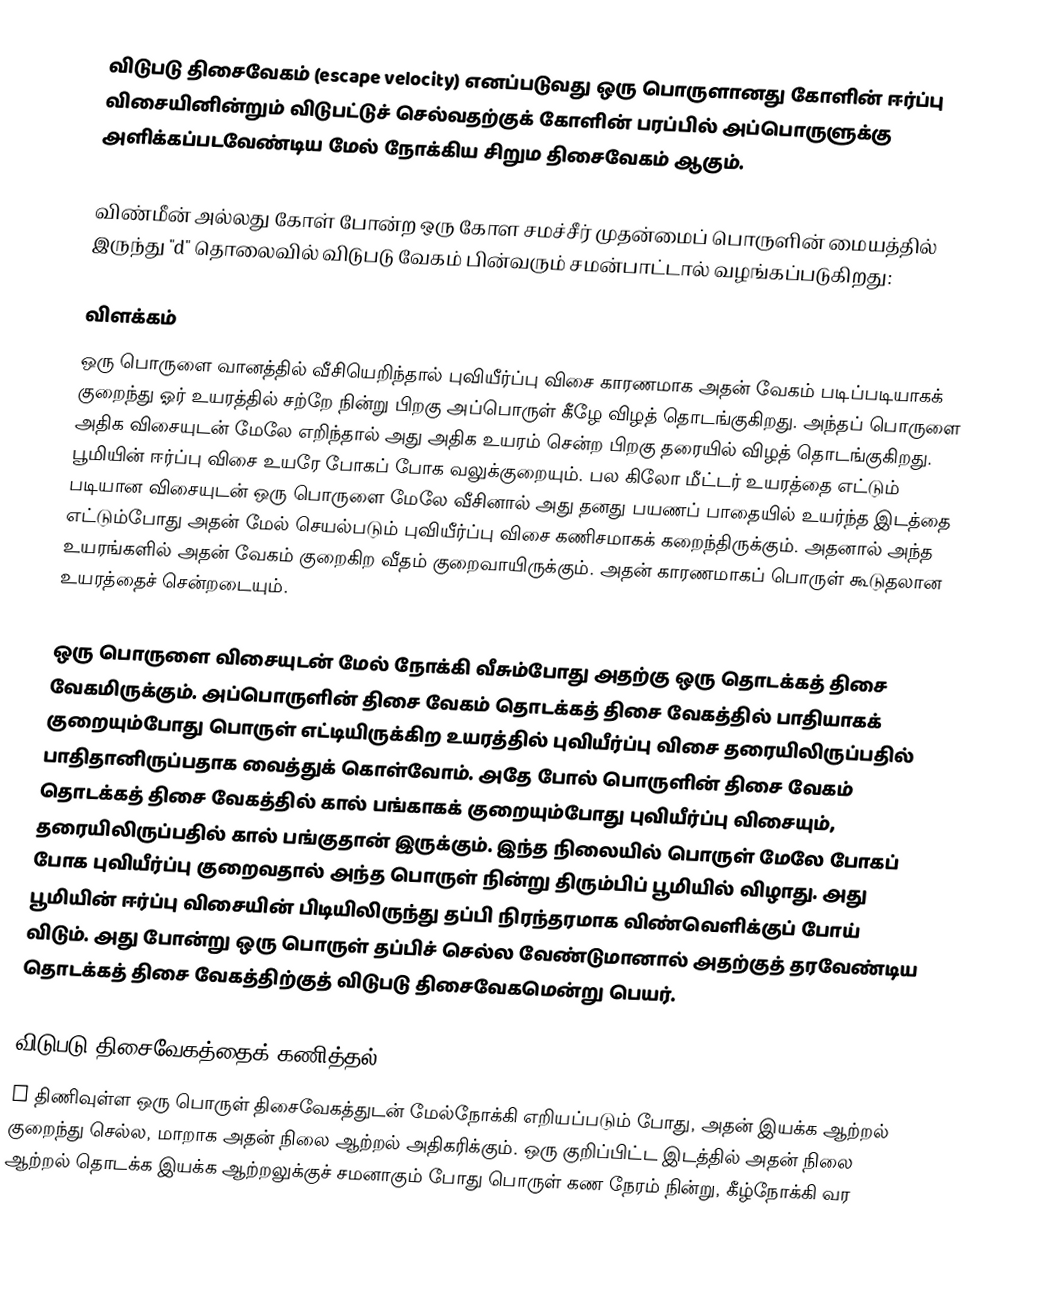
விடுபடு திசைவேகம் (escape velocity) எனப்படுவது ஒரு பொருளானது கோளின் ஈர்ப்பு விசையினின்றும் விடுபட்டுச் செல்வதற்குக் கோளின் பரப்பில் அப்பொருளுக்கு அளிக்கப்படவேண்டிய மேல் நோக்கிய சிறும திசைவேகம் ஆகும்.

விண்மீன் அல்லது கோள் போன்ற ஒரு கோள சமச்சீர் முதன்மைப் பொருளின் மையத்தில் இருந்து "d" தொலைவில் விடுபடு வேகம் பின்வரும் சமன்பாட்டால் வழங்கப்படுகிறது:

விளக்கம்
ஒரு பொருளை வானத்தில் வீசியெறிந்தால் புவியீர்ப்பு விசை காரணமாக அதன் வேகம் படிப்படியாகக் குறைந்து ஓர் உயரத்தில் சற்றே நின்று பிறகு அப்பொருள் கீழே விழத் தொடங்குகிறது. அந்தப் பொருளை அதிக விசையுடன் மேலே எறிந்தால் அது அதிக உயரம் சென்ற பிறகு தரையில் விழத் தொடங்குகிறது. பூமியின் ஈர்ப்பு விசை உயரே போகப் போக வலுக்குறையும். பல கிலோ மீட்டர் உயரத்தை எட்டும் படியான விசையுடன் ஒரு பொருளை மேலே வீசினால் அது தனது பயணப் பாதையில் உயர்ந்த இடத்தை எட்டும்போது அதன் மேல் செயல்படும் புவியீர்ப்பு விசை கணிசமாகக் கறைந்திருக்கும். அதனால் அந்த உயரங்களில் அதன் வேகம் குறைகிற வீதம் குறைவாயிருக்கும். அதன் காரணமாகப் பொருள் கூடுதலான உயரத்தைச் சென்றடையும்.

ஒரு பொருளை விசையுடன் மேல் நோக்கி வீசும்போது அதற்கு ஒரு தொடக்கத் திசை வேகமிருக்கும். அப்பொருளின் திசை வேகம் தொடக்கத் திசை வேகத்தில் பாதியாகக் குறையும்போது பொருள் எட்டியிருக்கிற உயரத்தில் புவியீர்ப்பு விசை தரையிலிருப்பதில் பாதிதானிருப்பதாக வைத்துக் கொள்வோம். அதே போல் பொருளின் திசை வேகம் தொடக்கத் திசை வேகத்தில் கால் பங்காகக் குறையும்போது புவியீர்ப்பு விசையும், தரையிலிருப்பதில் கால் பங்குதான் இருக்கும். இந்த நிலையில் பொருள் மேலே போகப் போக புவியீர்ப்பு குறைவதால் அந்த பொருள் நின்று திரும்பிப் பூமியில் விழாது. அது பூமியின் ஈர்ப்பு விசையின் பிடியிலிருந்து தப்பி நிரந்தரமாக விண்வெளிக்குப் போய் விடும். அது போன்று ஒரு பொருள் தப்பிச் செல்ல வேண்டுமானால் அதற்குத் தரவேண்டிய தொடக்கத் திசை வேகத்திற்குத் விடுபடு திசைவேகமென்று பெயர்.

விடுபடு திசைவேகத்தைக் கணித்தல்
m திணிவுள்ள ஒரு பொருள்  திசைவேகத்துடன் மேல்நோக்கி எறியப்படும் போது, அதன் இயக்க ஆற்றல் குறைந்து செல்ல, மாறாக அதன் நிலை ஆற்றல் அதிகரிக்கும். ஒரு குறிப்பிட்ட இடத்தில் அதன் நிலை ஆற்றல் தொடக்க இயக்க ஆற்றலுக்குச் சமனாகும் போது பொருள் கண நேரம் நின்று, கீழ்நோக்கி வர